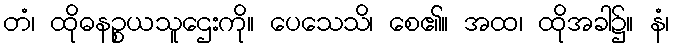
တံ၊ ထိုဓနဉ္စယသူဌေးကို။ ပေသေသိ၊ စေ၏။ အထ၊ ထိုအခါ၌။ နံ၊